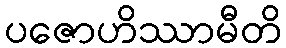
ပဇောဟိဿာမီတိ